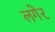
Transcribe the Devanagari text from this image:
लगेर